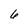
Character: 6